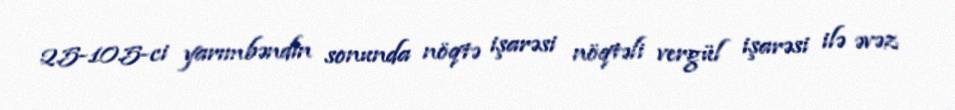
2.5-10.5-ci yarımbəndin sonunda nöqtə işarəsi nöqtəli vergül işarəsi ilə əvəz